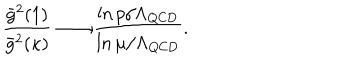
{ \frac { \bar { g } ^ { 2 } ( 1 ) } { \bar { g } ^ { 2 } ( \kappa ) } } \longrightarrow \frac { \ln p / \Lambda _ { \mathrm { Q C D } } } { \ln \mu / \Lambda _ { \mathrm { Q C D } } } .